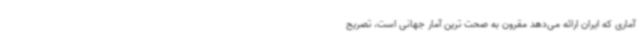
آماری که ایران ارائه می‌دهد مقرون به صحت ترین آمار جهانی است، تصریح